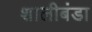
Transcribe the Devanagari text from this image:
शालीबंडा